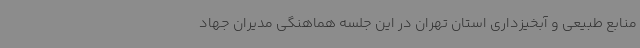
منابع طبیعی و آبخیزداری استان تهران در این جلسه هماهنگی مدیران جهاد